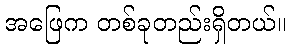
အဖြေက တစ်ခုတည်းရှိတယ်။